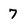
Character: 7